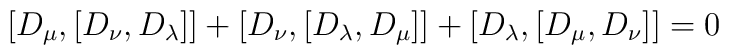
[D_\mu , [D_\nu , D_\lambda ]] +[D_\nu , [D_\lambda , D_\mu ]] +[D_\lambda , [D_\mu , D_\nu ]] =0